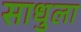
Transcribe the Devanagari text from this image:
साधुला